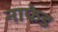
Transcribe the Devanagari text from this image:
नाफेड